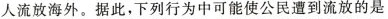
人流放海外。据此，下列行为中可能使公民遭到流放的是